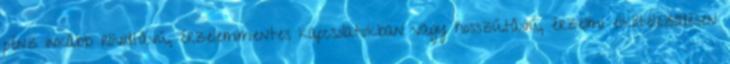
pénz inkább rövidtávú, érzelemmentes kapcsolatokban vagy hosszútávú, érzelmi elköteleződésen